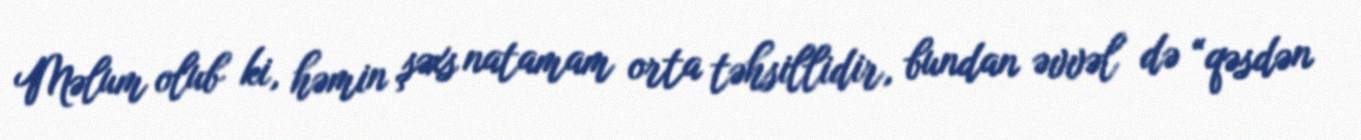
Məlum olub ki, həmin şəxs natamam orta təhsillidir, bundan əvvəl də “qəsdən